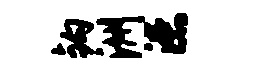
钩洲漶